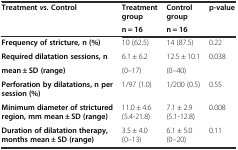
<table><thead><tr><td rowspan="2"><b>Treatment<i>vs.</i>Control</b></td><td><b>Treatment group</b></td><td><b>Control group</b></td><td rowspan="2"><b>p-value</b></td></tr><tr><td><b>n = 16</b></td><td><b>n = 16</b></td></tr></thead><tbody><tr><td><b>Frequency of stricture, n (%)</b></td><td>10 (62.5)</td><td>14 (87.5)</td><td>0.22</td></tr><tr><td><b>Required dilatation sessions, n</b></td><td>6.1 ± 6.2</td><td>12.5 ± 10.1</td><td rowspan="2">0.038</td></tr><tr><td><b>mean ± SD (range)</b></td><td>(0–17)</td><td>(0–40)</td></tr><tr><td><b>Perforation by dilatations, n per session (%)</b></td><td>1/97 (1.0)</td><td>1/200 (0.5)</td><td>0.55</td></tr><tr><td><b>Minimum diameter of strictured region, mm mean ± SD (range)</b></td><td>11.0 ± 4.6 (5.4-21.8)</td><td>7.1 ± 2.9 (5.1-12.8)</td><td>0.008</td></tr><tr><td><b>Duration of dilatation therapy, months mean ± SD (range)</b></td><td>3.5 ± 4.0 (0–13)</td><td>6.1 ± 5.0 (0–20)</td><td>0.11</td></tr></tbody></table>